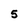
Character: 5